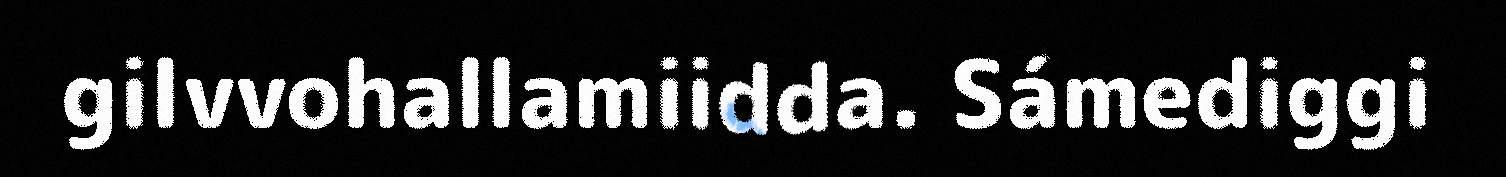
gilvvohallamiidda. Sámediggi